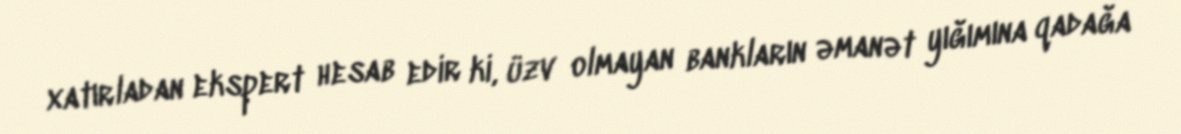
xatırladan ekspert hesab edir ki, üzv olmayan bankların əmanət yığımına qadağa